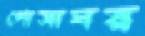
গোসাঘর